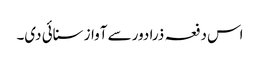
اس دفعہ ذرا دور سے آواز سنائی دی۔